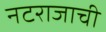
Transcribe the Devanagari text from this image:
नटराजाची